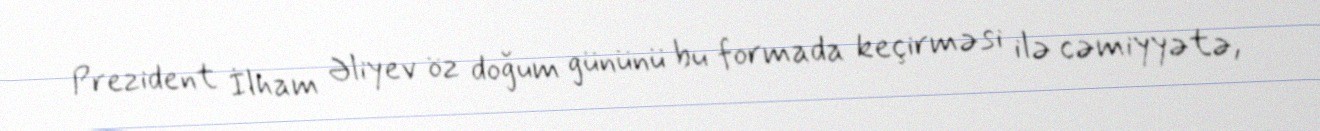
Prezident İlham Əliyev öz doğum gününü bu formada keçirməsi ilə cəmiyyətə,